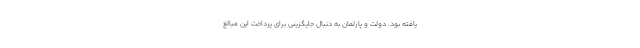
یافته بود. دولت و پارلمان به دنبال جایگزینی برای پرداخت این مبالغ